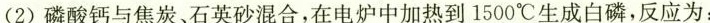
(2)磷酸钙与焦炭、石英砂混合，在电炉中加热到1500℃生成白磷，反应为：